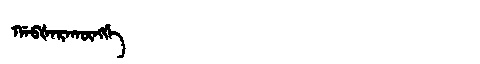
Manchu: ᡤᠠᠪᡧᠠᡵᠠᡴᡡᠩᡤᡝ
Romanization: GABŠARAKŪNGGE